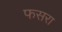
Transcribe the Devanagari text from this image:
फसरा